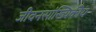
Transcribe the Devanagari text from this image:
जीवनसांख्यिकीय